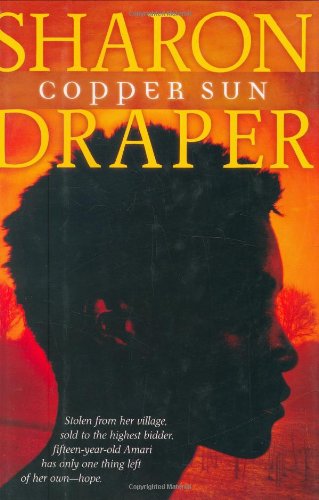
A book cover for Copper Sun; Sharon M. Draper; Literature & Fiction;